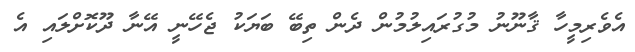
އެވެރިމީހާ ޤާނޫނު މުގުރައިލުމުން ދެން ތިބޭ ބަޔަކު ޖެހޭނީ އޭނާ ދޫކޮށްލައި އެ